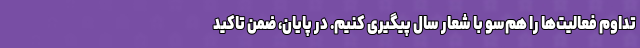
تداوم فعالیت‌ها را هم‌سو با شعار سال پیگیری کنیم. در پایان، ضمن تاکید